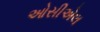
ઓસીએલ